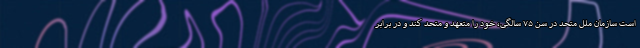
است سازمان ملل متحد در سن ۷۵ سالگی، خود را متعهد و متحد کند و در برابر